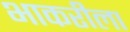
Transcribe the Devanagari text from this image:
भाकरीला